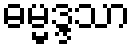
ဓမ္မဒ္ဒသာ